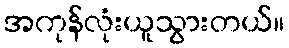
အကုန်လုံးယူသွားတယ်။